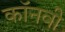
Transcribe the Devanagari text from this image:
कॉनवी